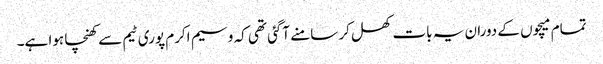
تمام میچوں کے دوران یہ بات کھل کر سامنے آگئی تھی کہ وسیم اکرم پوری ٹیم سے کھنچا ہوا ہے۔